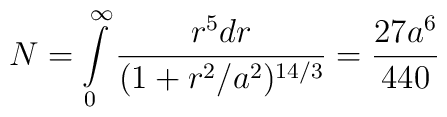
N=\int\limits_0^\infty\frac{r^5dr}{(1+r^2/a^2)^{14/3}}=\frac{27 a^6}{440}